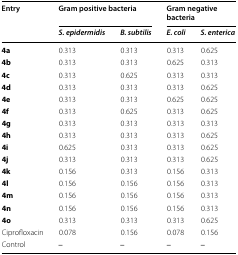
<table><thead><tr><td rowspan="2"><b>Entry</b></td><td colspan="2"><b>Gram positive bacteria</b></td><td colspan="2"><b>Gram negative bacteria</b></td></tr><tr><td><b><i>S</i>. <i>epidermidis</i></b></td><td><b><i>B. subtilis</i></b></td><td><b><i>E. coli</i></b></td><td><b><i>S. enterica</i></b></td></tr></thead><tbody><tr><td><b>4a</b></td><td>0.313</td><td>0.313</td><td>0.313</td><td>0.625</td></tr><tr><td><b>4b</b></td><td>0.313</td><td>0.313</td><td>0.625</td><td>0.313</td></tr><tr><td><b>4c</b></td><td>0.313</td><td>0.625</td><td>0.313</td><td>0.313</td></tr><tr><td><b>4d</b></td><td>0.313</td><td>0.313</td><td>0.313</td><td>0.625</td></tr><tr><td><b>4e</b></td><td>0.313</td><td>0.313</td><td>0.625</td><td>0.625</td></tr><tr><td><b>4f</b></td><td>0.313</td><td>0.625</td><td>0.313</td><td>0.625</td></tr><tr><td><b>4g</b></td><td>0.313</td><td>0.313</td><td>0.313</td><td>0.313</td></tr><tr><td><b>4h</b></td><td>0.313</td><td>0.313</td><td>0.313</td><td>0.625</td></tr><tr><td><b>4i</b></td><td>0.625</td><td>0.313</td><td>0.313</td><td>0.625</td></tr><tr><td><b>4j</b></td><td>0.313</td><td>0.313</td><td>0.313</td><td>0.625</td></tr><tr><td><b>4k</b></td><td>0.156</td><td>0.313</td><td>0.156</td><td>0.313</td></tr><tr><td><b>4l</b></td><td>0.156</td><td>0.156</td><td>0.156</td><td>0.313</td></tr><tr><td><b>4m</b></td><td>0.156</td><td>0.156</td><td>0.156</td><td>0.313</td></tr><tr><td><b>4n</b></td><td>0.156</td><td>0.156</td><td>0.156</td><td>0.313</td></tr><tr><td><b>4o</b></td><td>0.313</td><td>0.313</td><td>0.313</td><td>0.625</td></tr><tr><td>Ciprofloxacin</td><td>0.078</td><td>0.156</td><td>0.078</td><td>0.156</td></tr><tr><td>Control</td><td>‒</td><td>‒</td><td>‒</td><td>‒</td></tr></tbody></table>